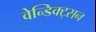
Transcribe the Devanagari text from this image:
वेन्डिक्ट्सन